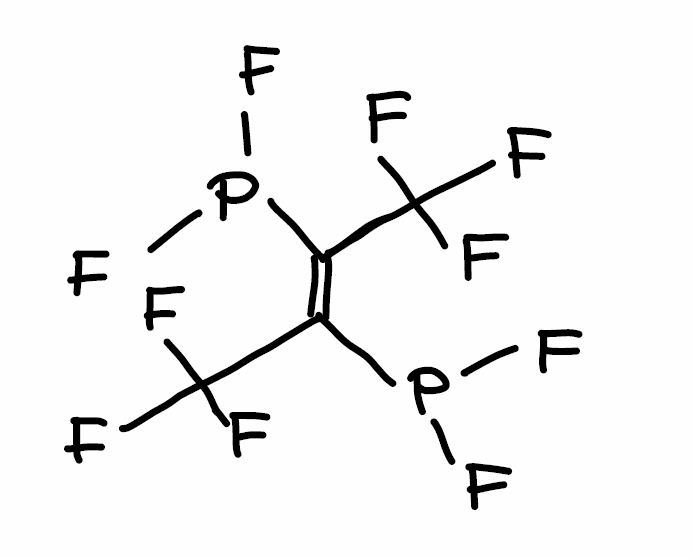
Simplified molecular-input line-entry system (SMILES) notation of the given molecule:
C(=C(/C(F)(F)F)\P(F)F)(\C(F)(F)F)/P(F)F